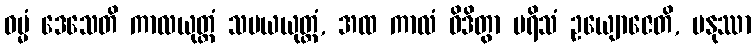
ဓမ္မံ ဒေသေတိ ကာလယုတ္တံ သမယယုတ္တံ, အထ ကာလံ ဝိဒိတွာ ပရိသံ ဥယျောဇေတိ, မနုဿာ